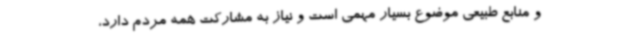
و منابع طبیعی موضوع بسیار مهمی است و نیاز به مشارکت همه مردم دارد،